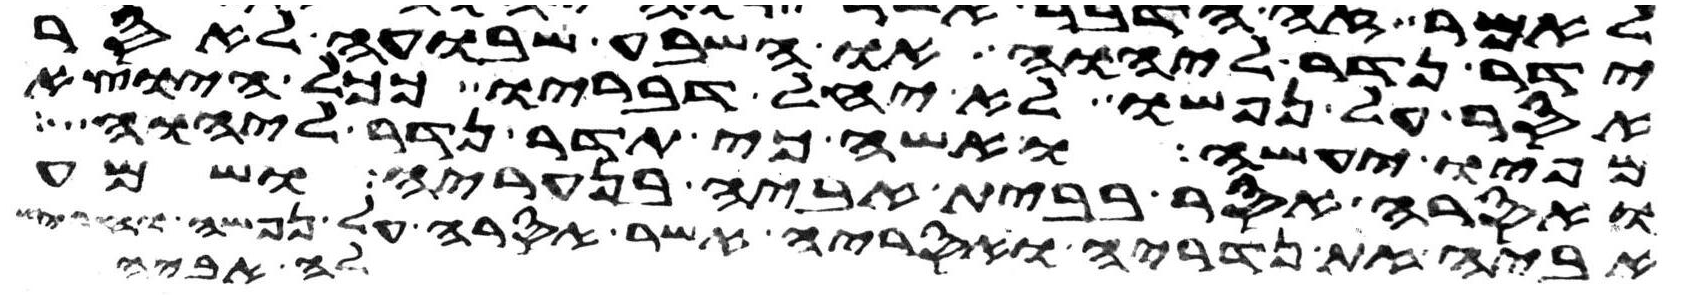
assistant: ידר נדר ליהוה או השבע שבועה לאסר
אסר על נפשו לא יחל דבריו ככל היוצא
מפיו יעשה ואשה כי תדר נדר ליהוה
ואסרה אסר בבית אביה בנעריה ושמע
אביה את נדריה ואסריה אשר אסרה על נפשה והחריש
לה אביה